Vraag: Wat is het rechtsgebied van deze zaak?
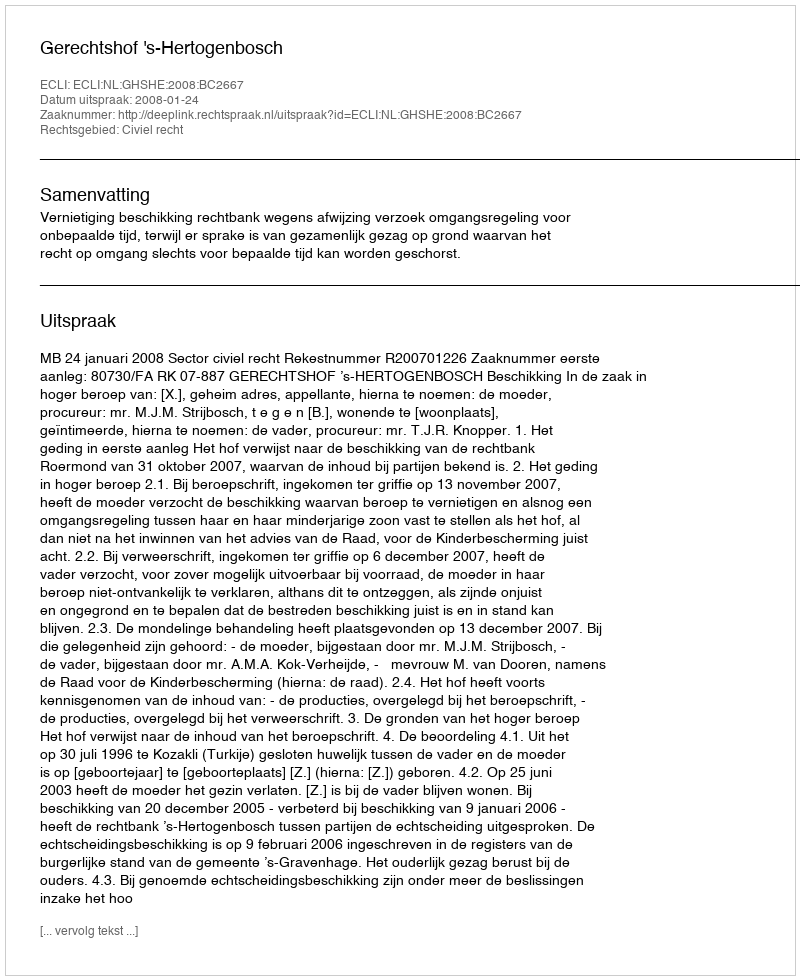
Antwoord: Civiel recht